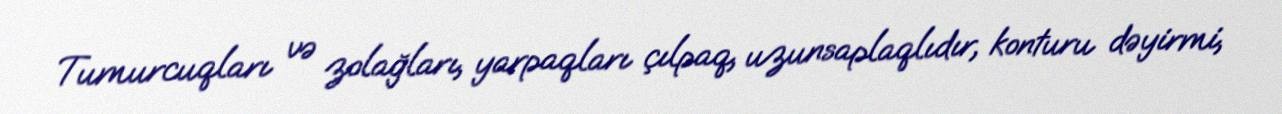
Tumurcuqları və zolağları, yarpaqları çılpaq, uzunsaplaqlıdır, konturu dəyirmi,